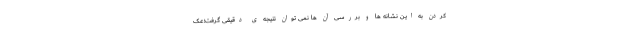
کردن به این نشانه ها و بررسی آن ها نمی توان نتیجه ی دقیقی گرفت؛عک